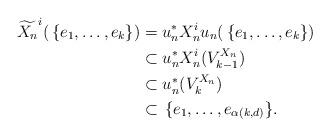
LaTeX: \begin{align*}\widetilde{X_n}^i (\, \{e_1,\ldots,e_k\}) &= u_n^*X_n^iu_n (\, \{e_1,\ldots,e_k\}) \\&\subset u_n^*X_n^i (V_{k-1}^{X_n}) \\&\subset u_n^* (V_k^{X_n})\\&\subset \, \{e_1,\ldots,e_{\alpha(k,d)}\}.\end{align*}